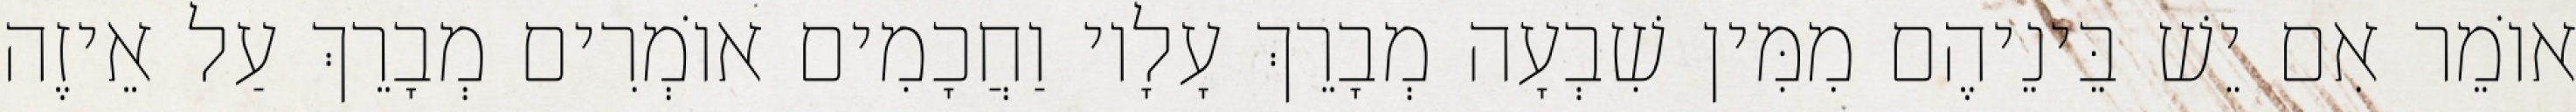
אוֹמֵר אִם יֵשׁ בֵּינֵיהֶם מִמִּין שִׁבְעָה מְבָרֵךְ עָלָיו וַחֲכָמִים אוֹמְרִים מְבָרֵךְ עַל אֵיזֶה